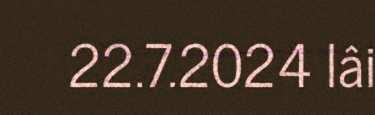
22.7.2024 lâi